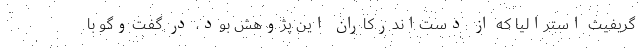
گریفیث استرالیا که از دست‌اندرکاران این پژوهش بود، در گفت‌وگو با